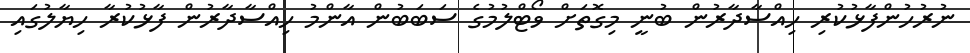
ނުރުހުންފާޅުކުރި ހިއްސާދާރުން ބުނީ މިގޮތަށް ވޯޓްލުމުގެ ސަބަބުން އާންމު ހިއްސާދާރުން ފާޅުކުރާ ހިޔާލުގައި